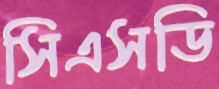
সিএসডি